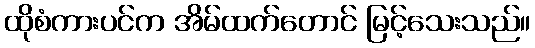
ထိုစံကားပင်က အိမ်ထက်တောင် မြင့်သေးသည်။